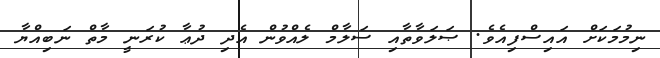
ނިމުމަކަށް އައިސްފިއެވެ. ޞަލަވާތާއި ސަލާމް ލެއްވުން އެދި ދުޢާ ކުރަނީ މާތް ނަބިއްޔާ